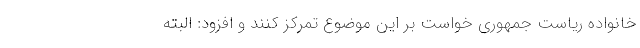
خانواده ریاست جمهوری خواست بر این موضوع تمرکز کنند و افزود: البته